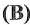
（B）